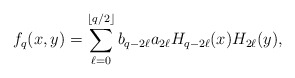
\begin{align*} f_q(x,y)=\sum^{\left\lfloor q/2\right\rfloor}_{\ell=0}b_{q-2\ell}a_{2\ell}H_{q-2\ell}(x)H_{2\ell}(y),\end{align*}